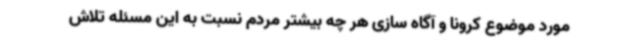
مورد موضوع کرونا و آگاه سازی هر چه بیشتر مردم نسبت به این مسئله تلاش